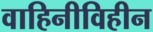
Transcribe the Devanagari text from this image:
वाहिनीविहीन